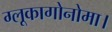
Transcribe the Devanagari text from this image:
ग्लूकागोनोमा।